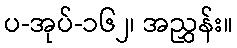
ပ-အုပ်-၁၆၂၊ အညွှန်း။